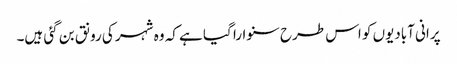
پرانی آبادیوں کو اس طرح سنوارا گیا ہے کہ وہ شہر کی رونق بن گئی ہیں۔